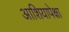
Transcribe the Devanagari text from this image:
आशियापेक्षा